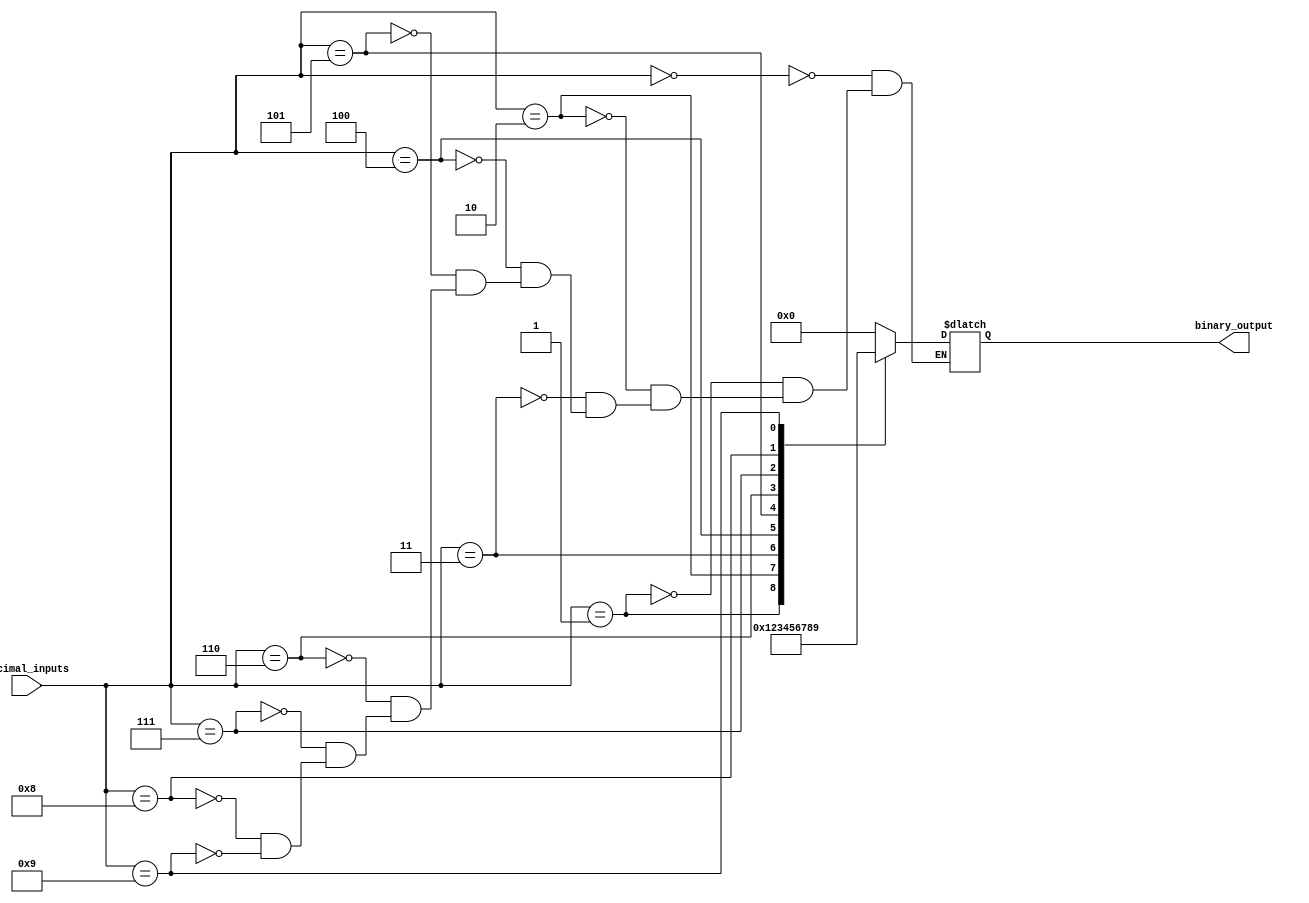
module priority_encoder (
    input [9:0] decimal_inputs,
    output [3:0] binary_output
);

reg [3:0] binary_code;

always @(*) begin
    case (decimal_inputs)
        0: binary_code = 4'b0000;
        1: binary_code = 4'b0001;
        2: binary_code = 4'b0010;
        3: binary_code = 4'b0011;
        4: binary_code = 4'b0100;
        5: binary_code = 4'b0101;
        6: binary_code = 4'b0110;
        7: binary_code = 4'b0111;
        8: binary_code = 4'b1000;
        9: binary_code = 4'b1001;
    endcase
end

assign binary_output = binary_code;

endmodule